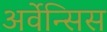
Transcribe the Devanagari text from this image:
अर्वेन्सिस